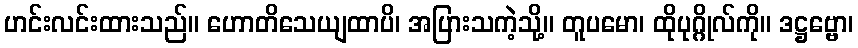
ဟင်းလင်းထားသည်။ ဟောတိသေယျထာပိ၊ အပြားသကဲ့သို့။ တူပမော၊ ထိုပုဂ္ဂိုလ်ကို။ ဒဋ္ဌဗ္ဗော၊